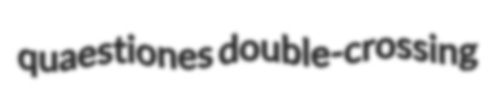
quaestiones double-crossing